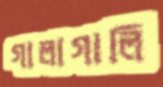
গালাগালি